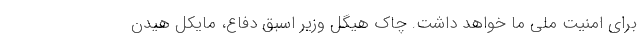
برای امنیت ملی ما خواهد داشت. چاک هیگل وزیر اسبق دفاع، مایکل هیدن